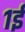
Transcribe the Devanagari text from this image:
१ई